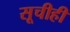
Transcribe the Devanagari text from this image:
सूचीही